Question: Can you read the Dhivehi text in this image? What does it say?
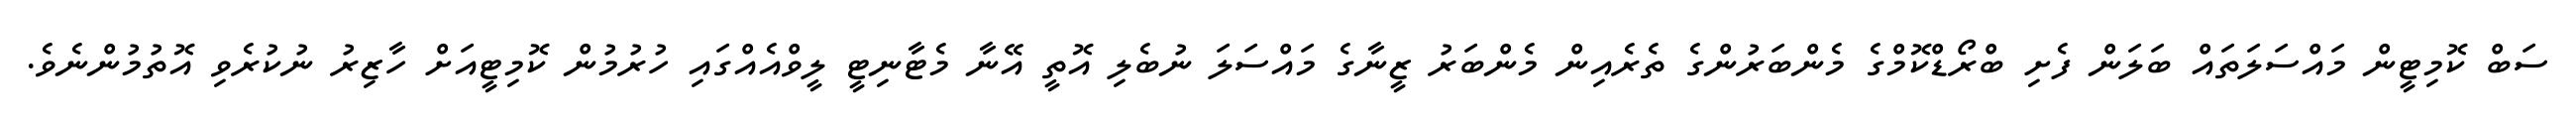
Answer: ސަބް ކޮމިޓީން މައްސަލަތައް ބަލަން ފެށި ބްރޯޑްކޮމްގެ މެންބަރުންގެ ތެރެއިން މެންބަރު ޒީނާގެ މައްސަލަ ނުބެލި އޮތީ އޭނާ މެޓާނިޓީ ލީވްއެއްގައި ހުރުމުން ކޮމިޓީއަށް ހާޒިރު ނުކުރެވި އޮތުމުންނެވެ.